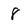
Character: 8